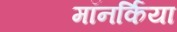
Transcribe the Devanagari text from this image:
मॉनर्किया